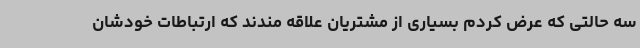
سه حالتی که عرض کردم بسیاری از مشتریان علاقه مندند که ارتباطات خودشان